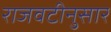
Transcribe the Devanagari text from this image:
राजवटीनुसार